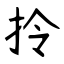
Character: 拎